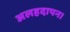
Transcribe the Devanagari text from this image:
अलहदापन।